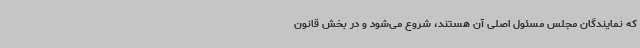
که نمایندگان مجلس مسئول اصلی آن هستند، شروع می‌شود و در بخش قانون